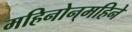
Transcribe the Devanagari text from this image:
महिनोन्‌महिने